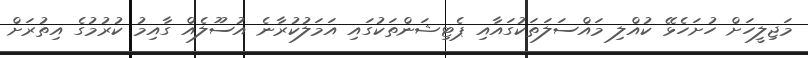
މަޖިލީހަށް ހުށަހެޅޭ ކުއްލި މައްސަލަތަކުގައާއި ޕެޓިޝަންތަކުގައި އަމަލުކުރާނެ އުސޫލެއް ގާއިމު ކުރުމުގެ އިތުރަށް